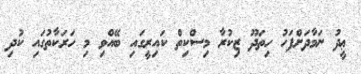
ޢީދު ނަމާދަށްފަހު ހިތަދޫ ޒިކުރާ މިސްކިތް ކައިރީގައި ބޭއްވި މި ހަރަކާތުގައި ކުދި